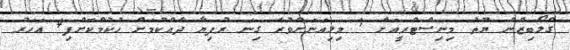
ގްލޯބިޒުން ޔޫތު މިނިސްޓްރީއަށް 1 މިލިއަނަށްވުރެ ގިނަ ރުފިޔާ ދެއްކުމަށް ހުކުމްކޮށްފި4 އަހަރު